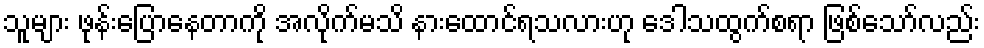
သူများ ဖုန်းပြောနေတာကို အလိုက်မသိ နားထောင်ရသလားဟု ဒေါသထွက်စရာ ဖြစ်သော်လည်း